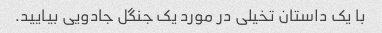
با یک داستان تخیلی در مورد یک جنگل جادویی بیایید.